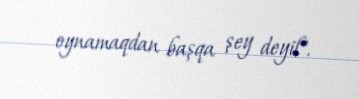
oynamaqdan başqa şey deyil".